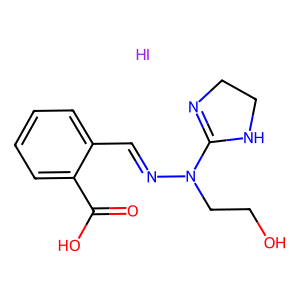
SMILES: I.O=C(O)c1ccccc1C=NN(CCO)C1=NCCN1
Inhibits HIV replication: No